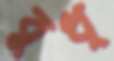
বুধ্